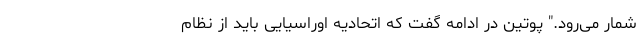
شمار می‌رود." پوتین در ادامه گفت که اتحادیه اوراسیایی باید از نظام